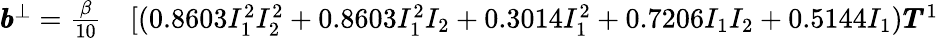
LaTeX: \begin{array}{rl}{\pmb{b}^{\bot}=\frac{\beta}{10}}&{{}[(0.8603I_{1}^{2}I_{2}^{2}+0.8603I_{1}^{2}I_{2}+0.3014I_{1}^{2}+0.7206I_{1}I_{2}+0.5144I_{1})\pmb{T}^{1}}\end{array}